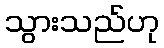
သွားသည်ဟု